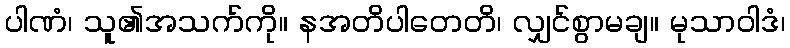
ပါဏံ၊ သူ၏အသက်ကို။ နအတိပါတေတိ၊ လျှင်စွာမချ။ မုသာဝါဒံ၊